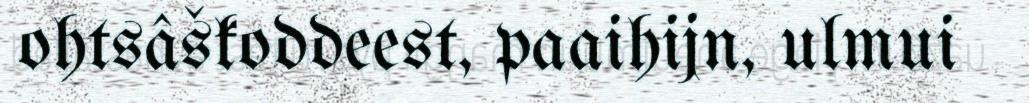
ohtsâškoddeest, paaihijn, ulmui